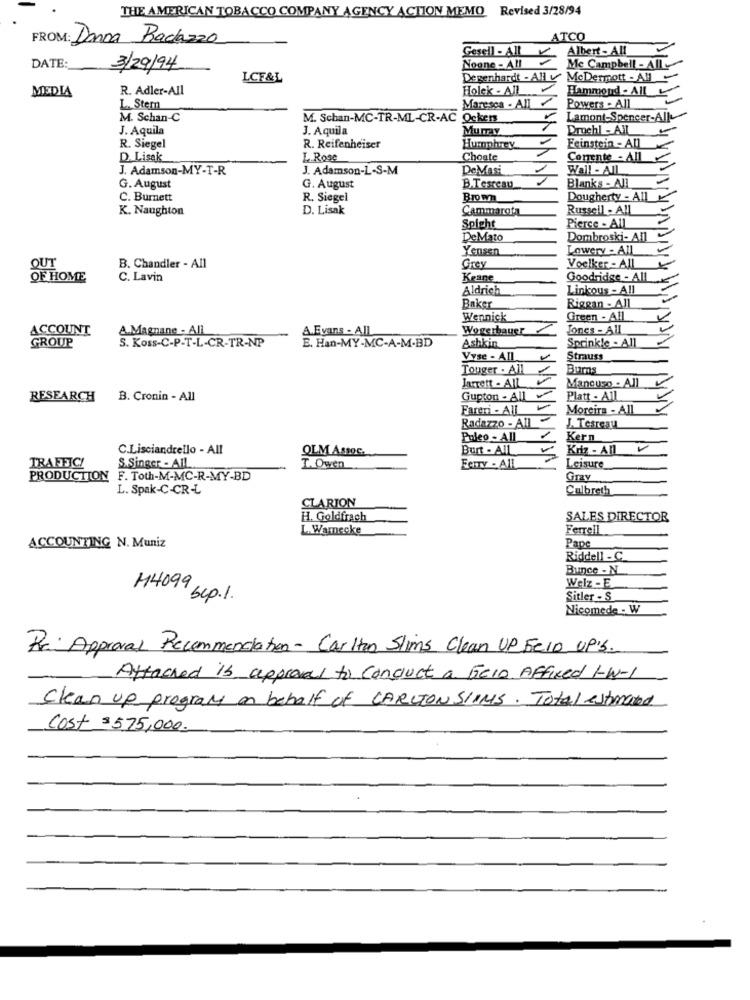
THE AMERICAN TOBACCO COMPANY AGENCY ACTION MEMO Revised 3/28/94
FROM: Donna Radazzo
ATCO
Gesell - All
Albert - All
DATE:
3/29/94
Noone - All
Me Campbell - All
LCF&L
Degenhardt - All v McDermott - All -
MEDIA
R. Adler-All
Holek - AIL ...
Hammond - All
1
L. Stern
Maresca - All
Powers . All
M. Schan-C
M. Schan-MC-TR-ML-CR-AC Ocker
Lamont-Spencer-AIk
J. Aquila
J. Aquila
Mumay
Drochl - All
R. Siegel
R. Reifenheiser
Humphrey
Feinstein - All
D. Lisek
L.Rose
Choate
Comente - All
J. Adamson-MY-T-R
J. Adamson-L-S-M
DeMasi
Wall - All
G. August
G. August
B.Tesreau
Blanks - All
C. Burnett
R. Siegel
Brown
Dougherty - All
K. Naughton
D. Lisak
Cammarata
Russell - AIL
Spight
Pierce - All
DeMato
Dombroski- All
Yensen
Lowery - All
OUT
B. Chandler - All
Grey
Voelker - All
OF HOME
C. Lavin
Keane
Goodridge - AIL
Aldrich
Linicous - All
Baker
Riggan - All
Wennick
Green - All
ACCOUNT
A.Magnane - All
A.Evans - AIL
Wogerbauer
Jones - All
GROUP
S. Koss-C-P-T-L-CR-TR-NP
Ashkin
E. Han-MY-MC-A-M-BD
Sprinkle - All
Vyse - AIl
Strauss
Touger . All
Burns
Mancuso - All
Jarrett - AIL
RESEARCH
B. Cronin - All
Gupton - All
Platt - All
Fareri - All
Moreira - All
Radazzo - All
J. Tesresu
Poleo - All
Kern
C.Lisciandrello - All
OLM Assoc.
Burt . All
Kriz - All
TRAFFIC!
S.Singer - All
I. Owen
FemTy - AIL
Leisure
PRODUCTION F. Toth-M-MC-R-MY-BD
Gray
L. Spak-C-CR-L
Culbreth
CLARION
H. Goldfrach
SALES DIRECTOR
L.Wamecke
Ferrell
ACCOUNTING N. Muniz
Pape
Riddell - C
Bunce - N
Welz -E
H4099 sep.1.
Sitler - S
Nicomede - W
Re: Approval Recommendation - Carlton Slims Clean UP Fe10 UP'S.
Attached is approval to conduct a Ge10 Affixed I-W-1
Clean up program on behalf of CARLTON SIONS. Total estimated
Cost $575,000.